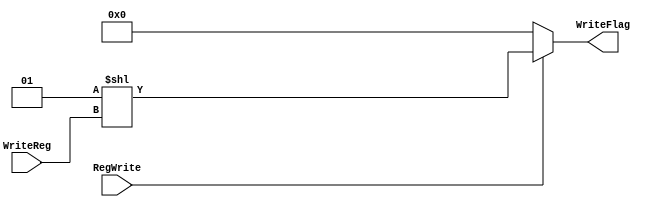
`timescale 1ns / 1ps
//////////////////////////////////////////////////////////////////////////////////
// Company: 
// Engineer: 
// 
// Design Name: 
// Module Name:    RegDecoder 
// Project Name: 
// Target Devices: 
// Tool versions: 
// Description: 
//
// Dependencies: 
//
// Revision: 
// Revision 0.01 - File Created
// Additional Comments: 
//
//////////////////////////////////////////////////////////////////////////////////
module RegDecoder(RegWrite,WriteReg,WriteFlag);
	input RegWrite;
	input [4:0] WriteReg;
	output [31:0] WriteFlag;
	wire [31:0] w1;
	assign w1 = 1<<WriteReg;
	assign WriteFlag = RegWrite?w1:32'b0;
	


endmodule